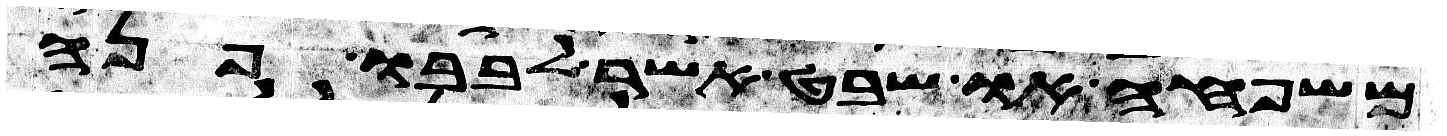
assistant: משפחה או שבט אשר לבבו פנה